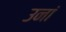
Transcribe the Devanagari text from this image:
उनां